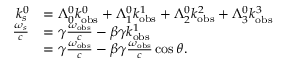
{ \begin{array} { r l } { k _ { s } ^ { 0 } } & { = \Lambda _ { 0 } ^ { 0 } k _ { \mathrm { o b s } } ^ { 0 } + \Lambda _ { 1 } ^ { 0 } k _ { \mathrm { o b s } } ^ { 1 } + \Lambda _ { 2 } ^ { 0 } k _ { \mathrm { o b s } } ^ { 2 } + \Lambda _ { 3 } ^ { 0 } k _ { \mathrm { o b s } } ^ { 3 } } \\ { { \frac { \omega _ { s } } { c } } } & { = \gamma { \frac { \omega _ { \mathrm { o b s } } } { c } } - \beta \gamma k _ { \mathrm { o b s } } ^ { 1 } } \\ & { = \gamma { \frac { \omega _ { \mathrm { o b s } } } { c } } - \beta \gamma { \frac { \omega _ { \mathrm { o b s } } } { c } } \cos \theta . } \end{array} }